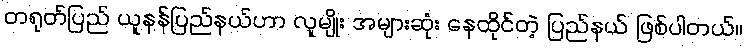
တရုတ်ပြည် ယူနန်ပြည်နယ်ဟာ လူမျိုး အများဆုံး နေထိုင်တဲ့ ပြည်နယ် ဖြစ်ပါတယ်။